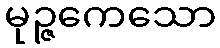
မုဉ္ဇကေသော